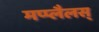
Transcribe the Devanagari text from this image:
मप्प्लैलस्